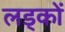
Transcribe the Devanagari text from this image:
लड्कों